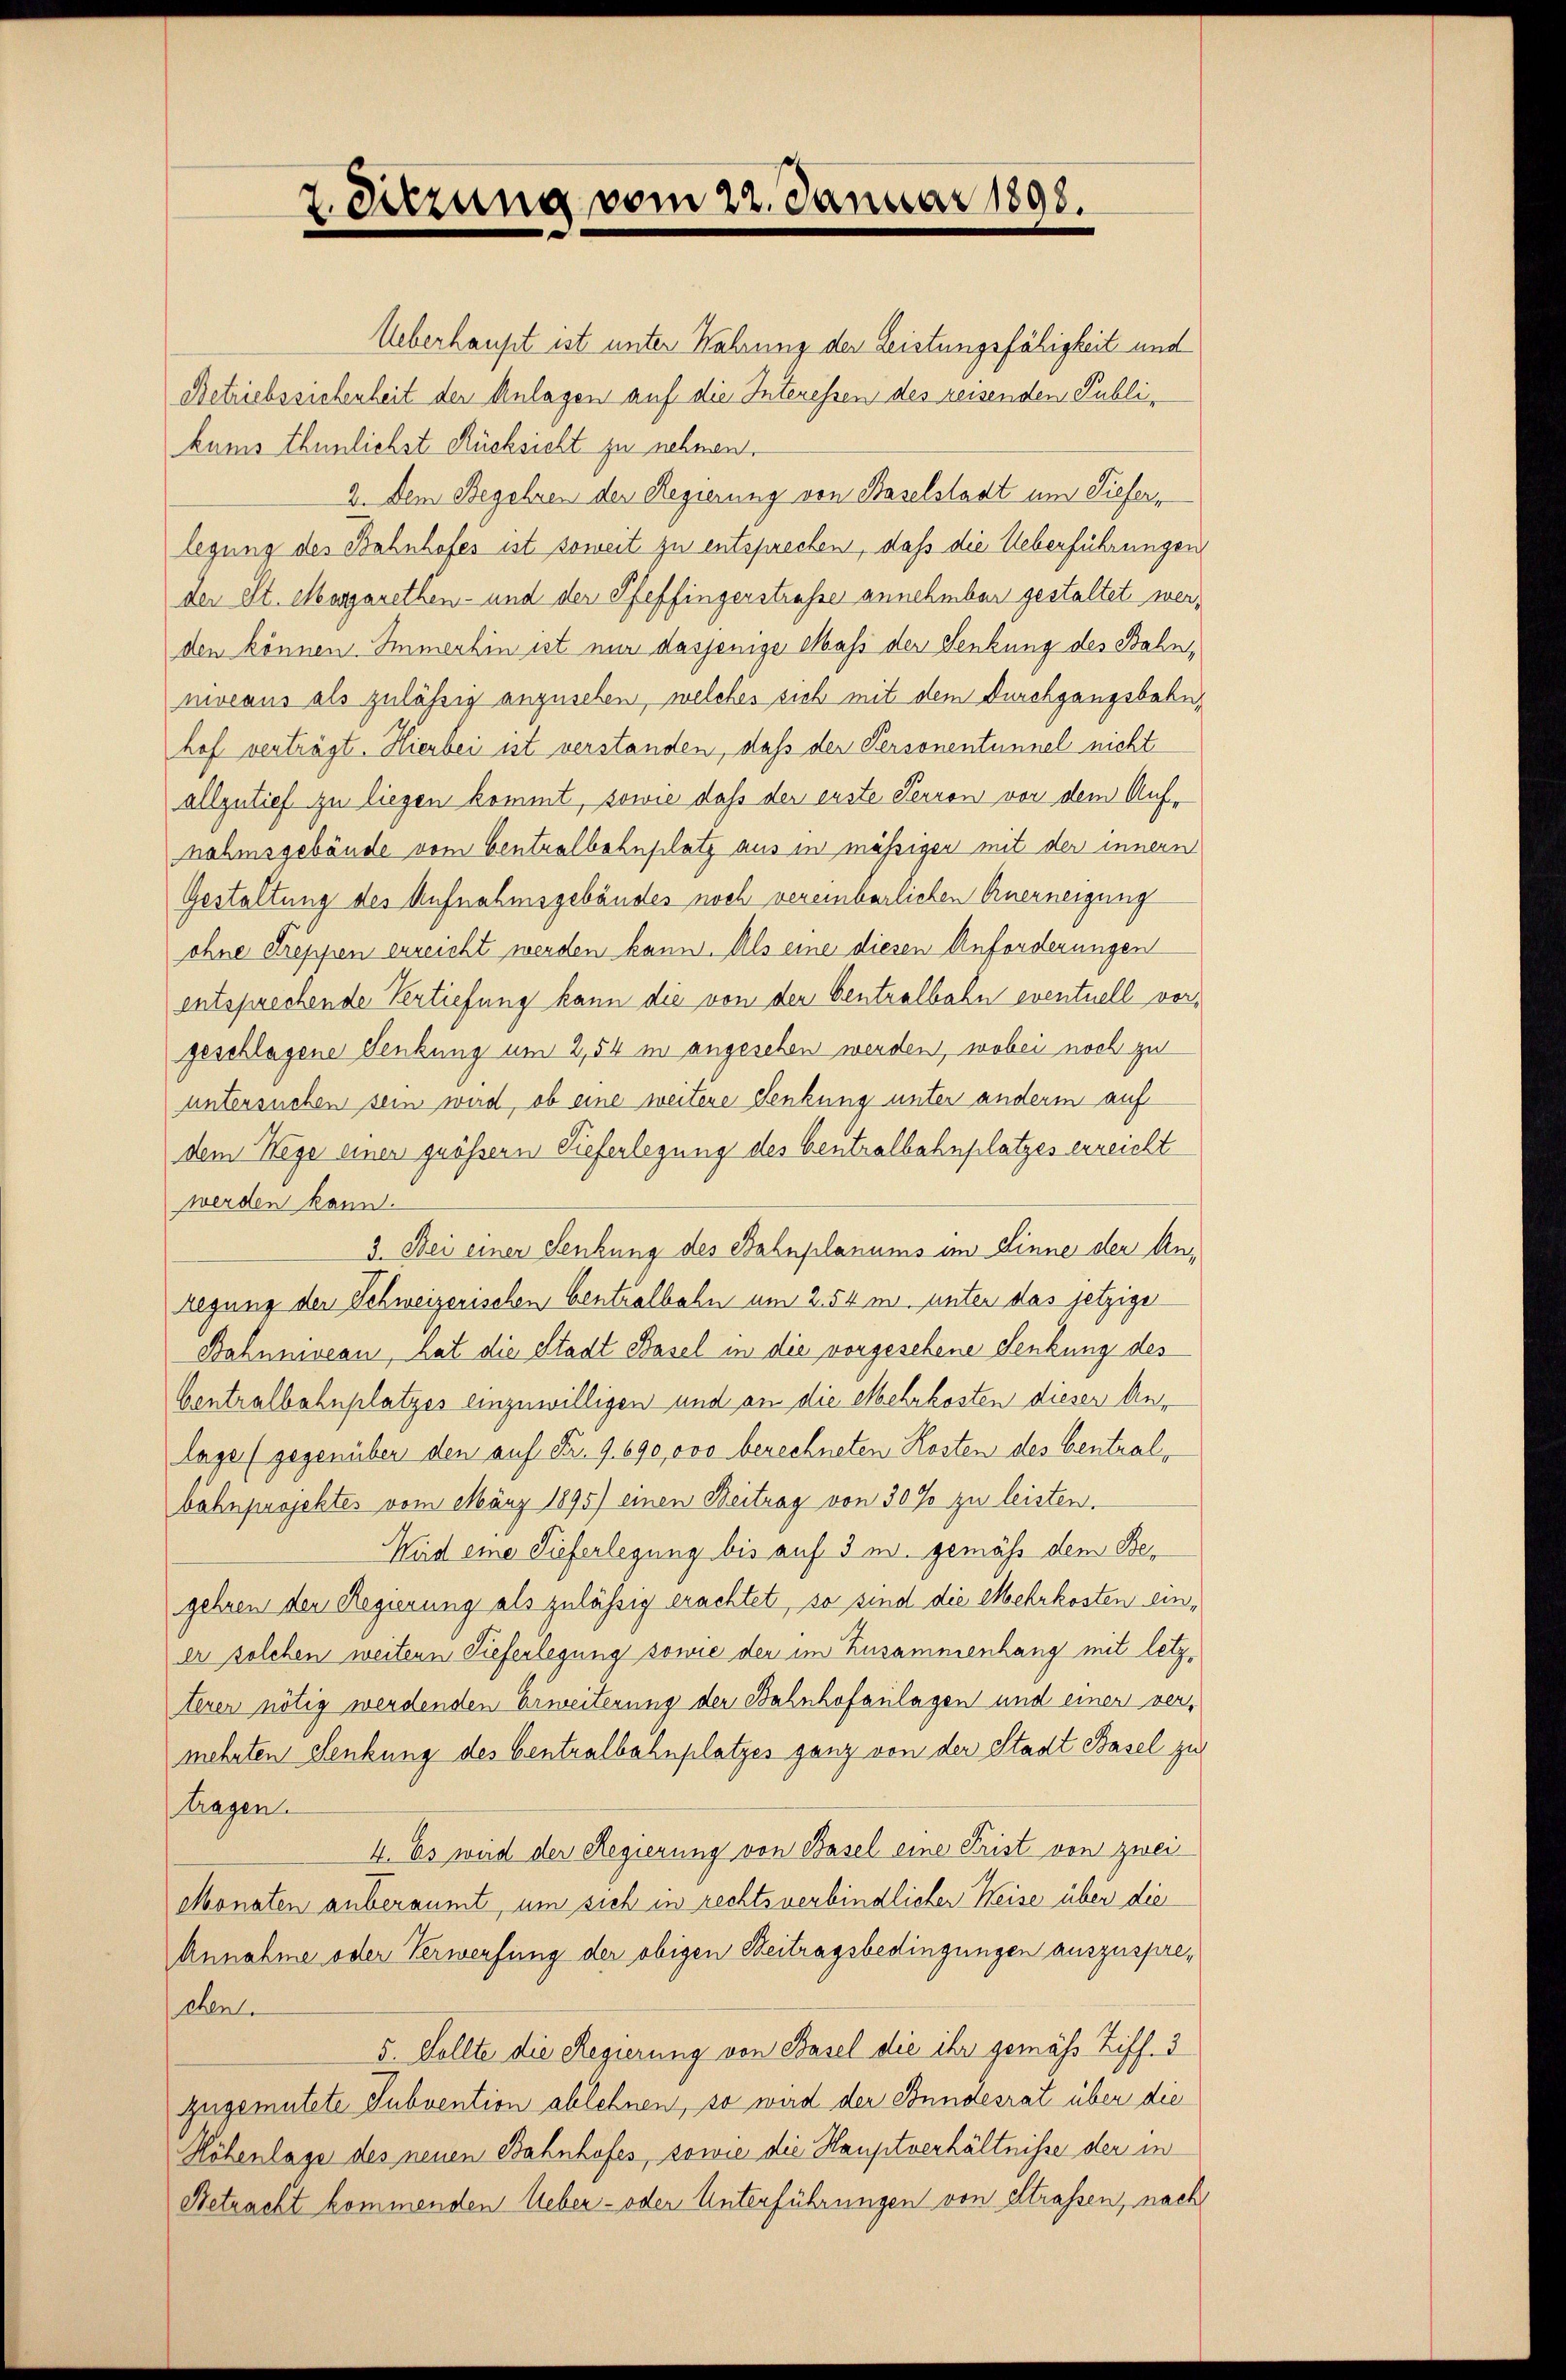
2. Sitzung vom 22. Januar 1898.

Ueberhaupt ist unter Wahrung der Leistungsfähigkeit und
Betriebssiehenheit der Anlagen auf die Interessen des reisenden Publikums thunlichst Rücksicht zu nehmen.
2. Dem Begehren der Regierung von Baselstadt und Tiefer,
legung des Bahnhofes ist soweit zu entsprechen, daß die Ueberführungen
der St. Margarethen- und der Pfeffingerstrafe annehmbar gestaltet werden können. Immerhin ist nur dasjenige Mass der Senkung des Bahnmiveaus als zuläßig anzusehen, welches sich mit dem Durchgangsbahn,
hof verträgt. Hierbei ist verstanden, daß der Personentunnel nicht
allzutief zu liegen kommt, sowie dass der erste Perron vor dem Aufnahmsgebäude vom Centralbahnplatz aus in mässigen mit der innern
Gestaltung des Aufnahmsgebäudes noch vereinbarlichen Anerneigung
ohne Streppen erreicht werden kann. Als eine diesen Anforderungen
entsprechende Vertiefung kann die von der Centralbahn eventuell vorgeschlagene Senkung um 2,54 in angesehen werden, wobei noch zu
untersuchen sein wird, ob eine weitere Senkung unter anderm auf
dem Wege einen grössern Tieferlegung des Centralbahnplatzes erreicht
werden kann.
3. Bei einer Senkung des Bahnplanums im Sinne der An¬
Regung der Schweizerischen Centralbahn um 2. 54 m. unter das jetzige
Bahnniveau, hat die Stadt Basel in die vorgesehene Senkung des
Centralbahnplatzes einzuwilligen und an die Mehrkosten dieser Anlage (gegenüber den auf Fr. 9. 690,000 berechneten Kosten des Centralbahnprojektes vom März 1895) einen Beitrag von 30% zu leisten.
Wird eine Tieferlegung bis auf 3 u. gemäss dem Begehren der Regierung als zulässig erachtet, so sind die Mehrkosten einer solchen weitern Tieferlegung sowie der im Zusammenhang mit letzterer nötig werdenden Erweiterung der Bahnhofanlagen und einen vermehrten Senkung des Centralbahnplatzes ganz von der Stadt Basel zu
tragen.
4. Es wird der Regierung von Basel eine Frist von zwei
Monaten anberaumt, um sich in rechtsverbindlicher Weise über die
Annahme oder Verwerfung der obigen Beitragsbedingungen auszuspreehen.
5. Sollte die Regierung von Basel die ihr gemäss Ziff. 3
zugemutete Subvention ablehnen, so wird der Bundesrat über die
Möhenlage des neuen Bahnhofes, sowie die Hauptverhältnisse der in
Betracht kommenden Ueber- oder Unterführungen von Strassen, nach